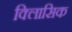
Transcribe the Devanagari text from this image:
क्लािसिक